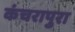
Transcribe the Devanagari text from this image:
कंचरापुरा